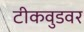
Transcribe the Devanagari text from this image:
टीकवुडवर